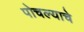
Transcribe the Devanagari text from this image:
पोचल्याचे